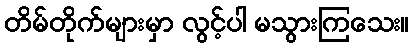
တိမ်တိုက်များမှာ လွင့်ပါ မသွားကြသေး။